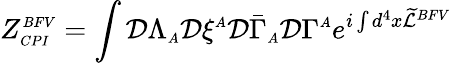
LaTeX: \displaystyle Z_{\scriptscriptstyle CPI}^{\scriptscriptstyle BFV}=\int{\cal D}\Lambda_{\scriptscriptstyle A}{\cal D}\xi^{\scriptscriptstyle A}{\cal D}\bar{\Gamma}_{\scriptscriptstyle A}{\cal D}\Gamma^{\scriptscriptstyle A}e^{i\int d^{4}x\widetilde{\cal L}^{\scriptscriptstyle BFV}}